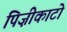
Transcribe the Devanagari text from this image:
पिज़ीकाटो